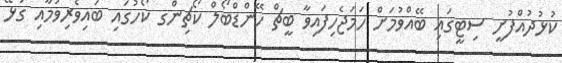
ކުޅުދުއްފުށީ ސިޓީގައި ބޭއްވުމަށް ހަމަޖެހިފައިވާ ބީޗް ހޭންޑްބޯލް ކޯޗިންގ ކޯހުގައި ބައިވެރިވުމާއި ގުޅޭ